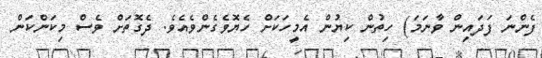
ފެންނަ ފަދައިން ވާނަމަ) ހިތުން ކިޔުން އެމީހަކަށް ހެޔޮވެގެންވެއެވެ. ދެގޮތަށް ވެސް މިކަންކަން